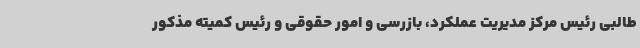
طالبی رئیس مرکز مدیریت عملکرد، بازرسی و امور حقوقی و رئیس کمیته مذکور